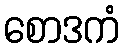
စောဒကံ